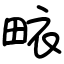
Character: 畩